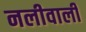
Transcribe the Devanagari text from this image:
नलीवाली